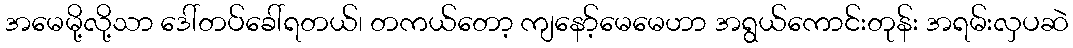
အမေမို့လို့သာ ဒေါ်တပ်ခေါ်ရတယ်၊ တကယ်တော့ ကျနော့်မေမေဟာ အရွယ်ကောင်းတုန်း အရမ်းလှပဆဲ